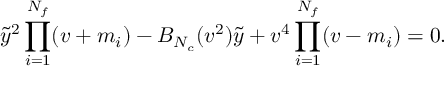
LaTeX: \tilde { y } ^ { 2 } \prod _ { i = 1 } ^ { N _ { f } } ( v + m _ { i } ) - B _ { N _ { c } } ( v ^ { 2 } ) \tilde { y } + v ^ { 4 } \prod _ { i = 1 } ^ { N _ { f } } ( v - m _ { i } ) = 0 .